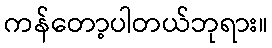
ကန်တော့ပါတယ်ဘုရား။